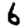
Digit: 6